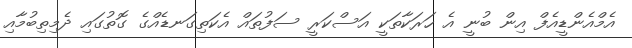
އެމްއެންޑީއެފް އިން ބުނީ އެ ހަރަކާތަކީ އަސްކަރީ ސަފުތައް އެކަތިގަނޑެއްގެ ގޮތުގައި ދެމިތިބުމާއި